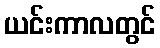
ယင်းကာလတွင်